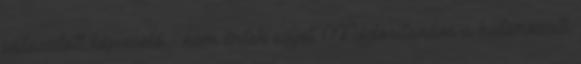
választott képviselő - nem értek egyet. Módosítanám a határozati